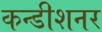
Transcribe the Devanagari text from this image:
कन्डीशनर